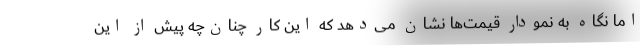
اما نگاه به نمودار قیمت‌ها نشان می‌دهد که این کار چنان‌چه پیش از این